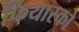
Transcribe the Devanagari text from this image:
फियास्को